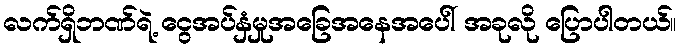
လက်ရှိဘဏ်ရဲ့ ငွေအပ်နှံမှုအခြေအနေအပေါ် အခုလို ပြောပါတယ်။